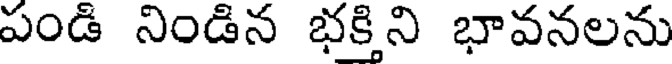
పండి నిండిన భక్తిని భావనలను